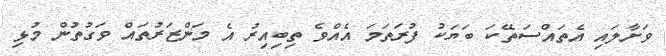
ވަށާލައި އެތައްސަތޭކަ ބަޔަކު ފުރަތަމަ އެއްވެ ތިބިއިރު އެ މަންޒަރުތައް ވަގުތުން މުޅި